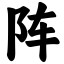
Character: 阵